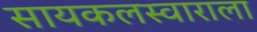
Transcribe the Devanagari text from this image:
सायकलस्वाराला